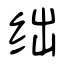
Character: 绌